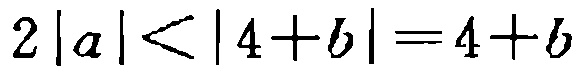
$2|a|<|4 + b| = 4 + b$